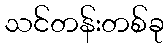
သင်တန်းတစ်ခု